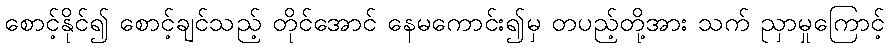
စောင့်နိုင်၍ စောင့်ချင်သည့် တိုင်အောင် နေမကောင်း၍မှ တပည့်တို့အား သက် ညှာမှုကြောင့်